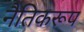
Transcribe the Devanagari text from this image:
नैतिकरूप